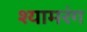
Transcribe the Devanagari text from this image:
श्यामरंग